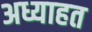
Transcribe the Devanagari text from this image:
अध्याहत